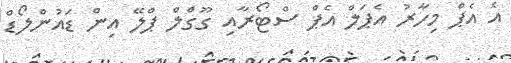
އެ އެޕް މިހާރު އެޕަލް އެޕް ސްޓޯރާއި ގޫގްލް ޕްލޭ އިން ޑައުންލޯޑް